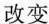
改变